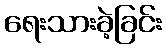
ရေးသားခဲ့ခြင်း